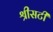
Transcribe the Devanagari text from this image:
श्रीसटी